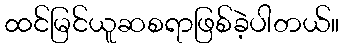
ထင်မြင်ယူဆစရာဖြစ်ခဲ့ပါတယ်။